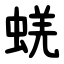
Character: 蜣